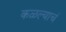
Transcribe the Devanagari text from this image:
कळल्याचं